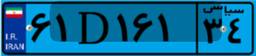
۶۱D۱۶۱۳۴